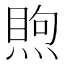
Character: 𥈈